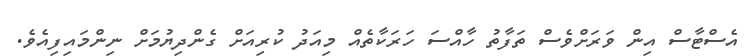
އެސްޓާސް އިން ވަރަށްވެސް ތަފާތު ހާއްސަ ހަރަކާތެއް މިއަދު ކުރިއަށް ގެންދިޔުމަށް ނިންމައިފިއެވެ.